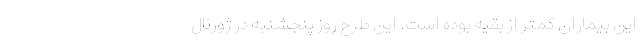
این بیماران کمتر از بقیه بوده است. این طرح روز پنجشنبه در ژورنال